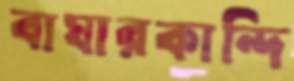
বাঘারকান্দি